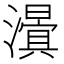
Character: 𭳃